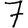
Digit: 7